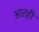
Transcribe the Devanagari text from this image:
आतही